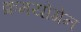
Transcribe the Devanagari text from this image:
क्रमयोगेन